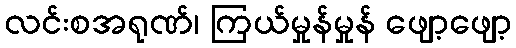
လင်းစအရုဏ်၊ ကြယ်မှုန်မှုန် ဖျော့ဖျော့